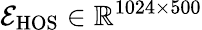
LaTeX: \mathcal{E}_{\mathrm{{HOS}}}\in\mathbb{{R}}^{1024\times500}